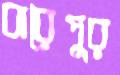
বারৈপুর